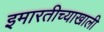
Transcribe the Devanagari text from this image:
इमारतीच्याखाली